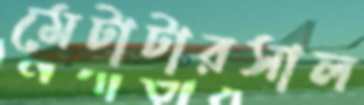
মেটাটারসাল